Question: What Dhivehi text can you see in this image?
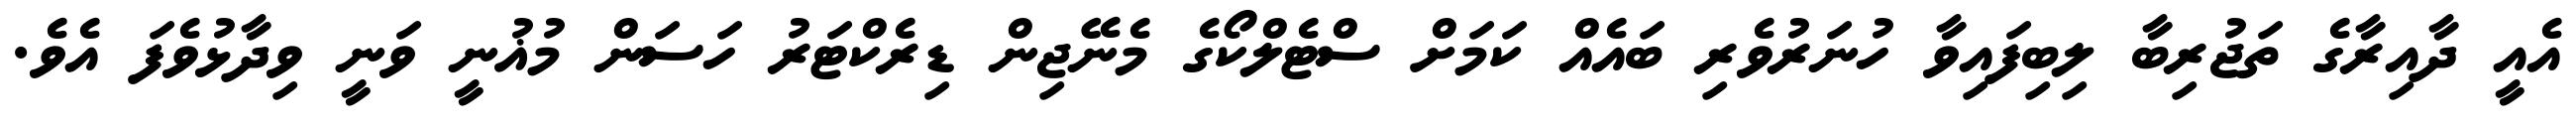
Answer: އެއީ ދާއިރާގެ ތަޖުރިބާ ލިބިފައިވާ ހުނަރުވެރި ބައެއް ކަމަށް ސްޓެލްކޯގެ މެނޭޖިން ޑިރެކްޓަރު ހަސަން މުޣުނީ ވަނީ ވިދާޅުވެފަ އެވެ.